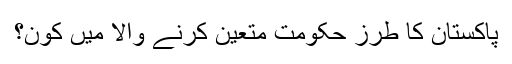
پاکستان کا طرز حکومت متعین کرنے والا میں کون؟